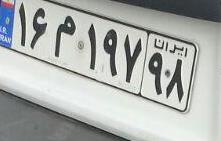
۱۶م۱۹۷۹۸